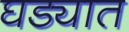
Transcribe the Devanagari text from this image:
घड्यात